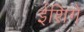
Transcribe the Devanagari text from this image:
ईशिगे